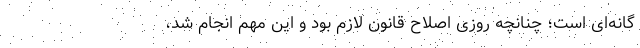
گانه‌ای است؛ چنانچه روزی اصلاح قانون لازم بود و این مهم انجام شد،